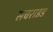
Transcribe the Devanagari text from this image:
सचराइड